system: You are a helpful assistant.
user:
Analyze the provided spectrum to determine if it is a **Carbon Star (C-type)**.

- **Key Visual Indicators of Carbon Star:**
    - **(Primary):** Strong molecular absorption from **C₂ (diatomic carbon) "Swan Bands."** This is the **defining feature** of a carbon star.
        - **(Key Bandheads):** Sharp absorption edges are visible at approximately $5635$ Å, $5165$ Å (the strongest band), and $4737$ Å.
        - **(Line Profile):** Creates a distinct **"saw-tooth"** pattern. The key morphology is a sharp, steep bandhead on the **red (long-wavelength) side**, which then gradually tapers off (i.e., flux recovers) towards the **blue (short-wavelength) side**. *(This is the direct opposite of the TiO bands seen in M-type stars)*.

    - **(Secondary):** Intense **CN (cyanogen)** molecular absorption bands.
        - **(Key Bandheads):** Located in the blue and violet regions of the spectrum (e.g., near $4215$ Å and $3883$ Å).
        - **(Morphology):** These bands are extremely broad and act as a "blanket," absorbing the vast majority of blue and violet light. This creates a characteristic **"cliff"** or **"steep drop-off"** in the spectrum's flux at short wavelengths.

    - **(Key Confirmation):** Strong **CH absorption band (G-band)**.
        - **(Key Bandhead):** Located around $4300$ Å. The contribution from CH molecules to this band is exceptionally strong.

    - **(Overall Spectrum):**
        - The continuum is severely "chopped up" by these deep molecular bands, especially C₂, rather than appearing as a smooth curve.
        - Due to the heavy CN and C₂ absorption in the blue-green, the vast majority of the star's flux is concentrated in the red part of the spectrum, giving the star its characteristic deep red color.

Think first, call **spectral_visualization_tool** if needed to examine features in detail, then provide your final answer. Your response must adhere to the following strict rules:
1.  **Overall Structure:** Your response must follow the format `<think>...</think> <tool_call>...</tool_call> (if a tool is used) <answer>...</answer>`.
2.  **Tool Usage Constraint:** You may only make **one** tool call per turn.
3.  **Final Answer Format:** In the `<answer>` tag, your conclusion must be inside a `\boxed{}` command (e.g., `\boxed{YES}`), followed by your justification.

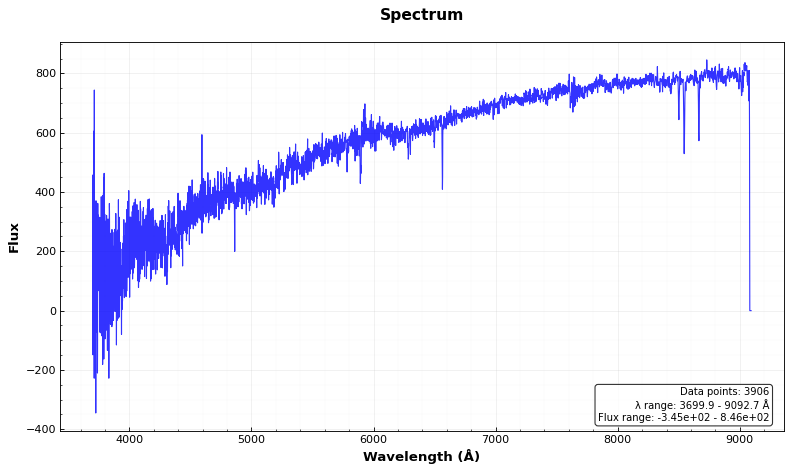
Answer: NO